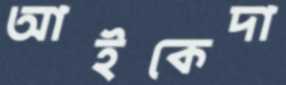
আইকেদা